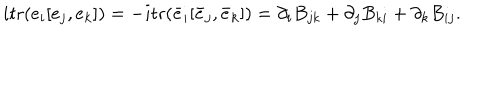
LaTeX: \hspace { 1 5 p t } i \mathrm { t r } ( e _ { i } [ e _ { j } , e _ { k } ] ) = - i \mathrm { t r } ( \bar { e } _ { i } [ \bar { e } _ { j } , \bar { e } _ { k } ] ) = \partial _ { i } B _ { j k } + \partial _ { j } B _ { k i } + \partial _ { k } B _ { i j } .